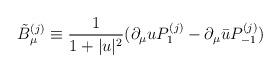
LaTeX: \begin{align*}\tilde{B}_{\mu}^{(j)} \equiv \frac{1}{1+|u|^2} (\partial_{\mu}u P_1^{(j)}-\partial_{\mu}\bar{u} P_{-1}^{(j)})\end{align*}